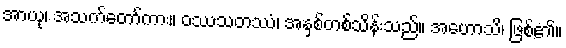
အာယု၊ အသက်တော်ကား။ ဝဿသတဿံ၊ အနှစ်တစ်သိန်းသည်။ အဟောသိ၊ ဖြစ်၏။